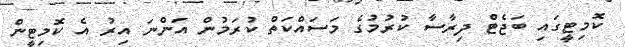
ކޮމިޓީގައި ބަޖެޓް ދިރާސާ ކުރުމުގެ މަސައްކަތް ކުރަމުން އަންނަ އިރު އެ ކޮމިޓީން